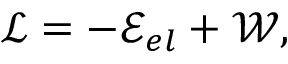
\mathcal { L } = - \mathcal { E } _ { e l } + \mathcal { W } ,